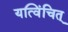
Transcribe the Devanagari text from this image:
यत्विंचित्